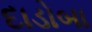
દાડોબા